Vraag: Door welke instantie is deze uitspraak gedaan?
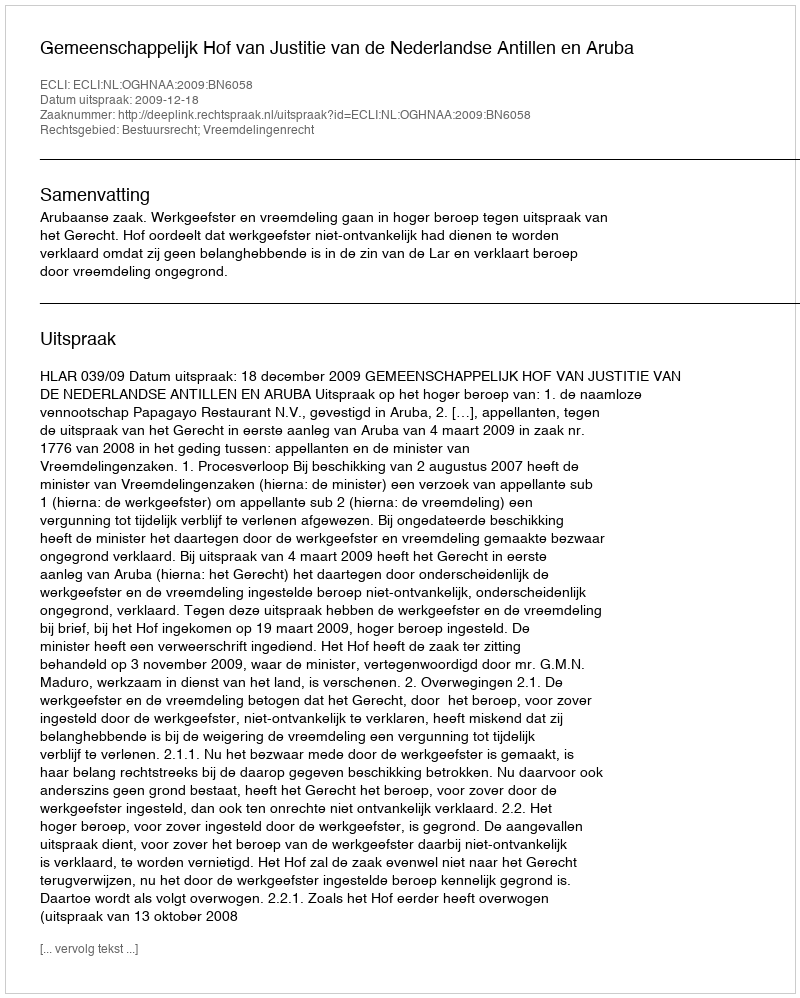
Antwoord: Gemeenschappelijk Hof van Justitie van de Nederlandse Antillen en Aruba